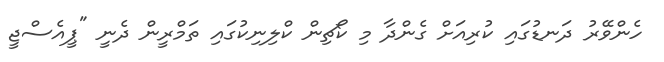
ހެންވޭރު ދަނޑުގައި ކުރިއަށް ގެންދާ މި ކޯޗިން ކްލިނިކުގައި ތަމްރީން ދެނީ "ޕީއެސްޖީ